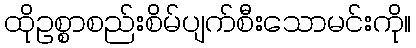
ထိုဥစ္စာစည်းစိမ်ပျက်စီးသောမင်းကို။